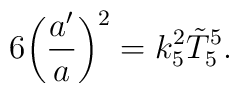
6\biggl (\frac{a'}{a}\biggr )^{2}=k_{5}^{2}\tilde{T}^{5}_{5}.